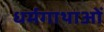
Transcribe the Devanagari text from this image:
धर्मगाथाओं